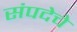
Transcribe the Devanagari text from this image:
संपदेचे